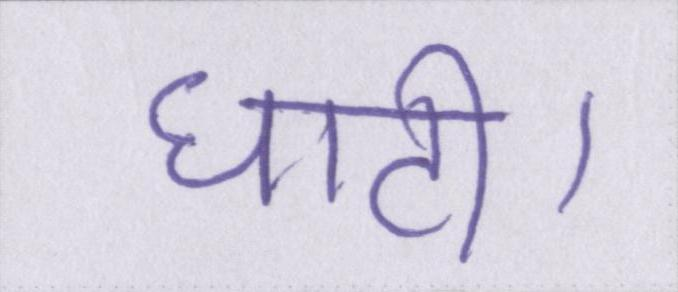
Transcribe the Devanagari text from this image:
घाटी।